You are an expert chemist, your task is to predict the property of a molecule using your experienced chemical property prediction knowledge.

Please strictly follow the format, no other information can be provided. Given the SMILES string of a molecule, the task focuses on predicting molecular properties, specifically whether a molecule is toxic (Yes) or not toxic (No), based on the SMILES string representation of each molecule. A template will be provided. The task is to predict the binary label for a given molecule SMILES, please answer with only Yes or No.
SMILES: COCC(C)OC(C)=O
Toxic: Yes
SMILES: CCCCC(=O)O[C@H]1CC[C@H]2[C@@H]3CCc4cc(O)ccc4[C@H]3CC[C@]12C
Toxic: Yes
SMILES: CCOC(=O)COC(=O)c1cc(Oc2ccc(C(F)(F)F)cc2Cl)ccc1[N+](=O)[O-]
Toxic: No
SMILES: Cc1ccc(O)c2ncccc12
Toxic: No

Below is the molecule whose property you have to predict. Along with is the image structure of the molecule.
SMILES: C#CC(O)CCCCC
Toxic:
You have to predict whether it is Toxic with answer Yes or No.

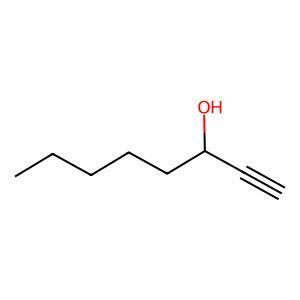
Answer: No